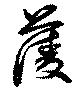
蔆